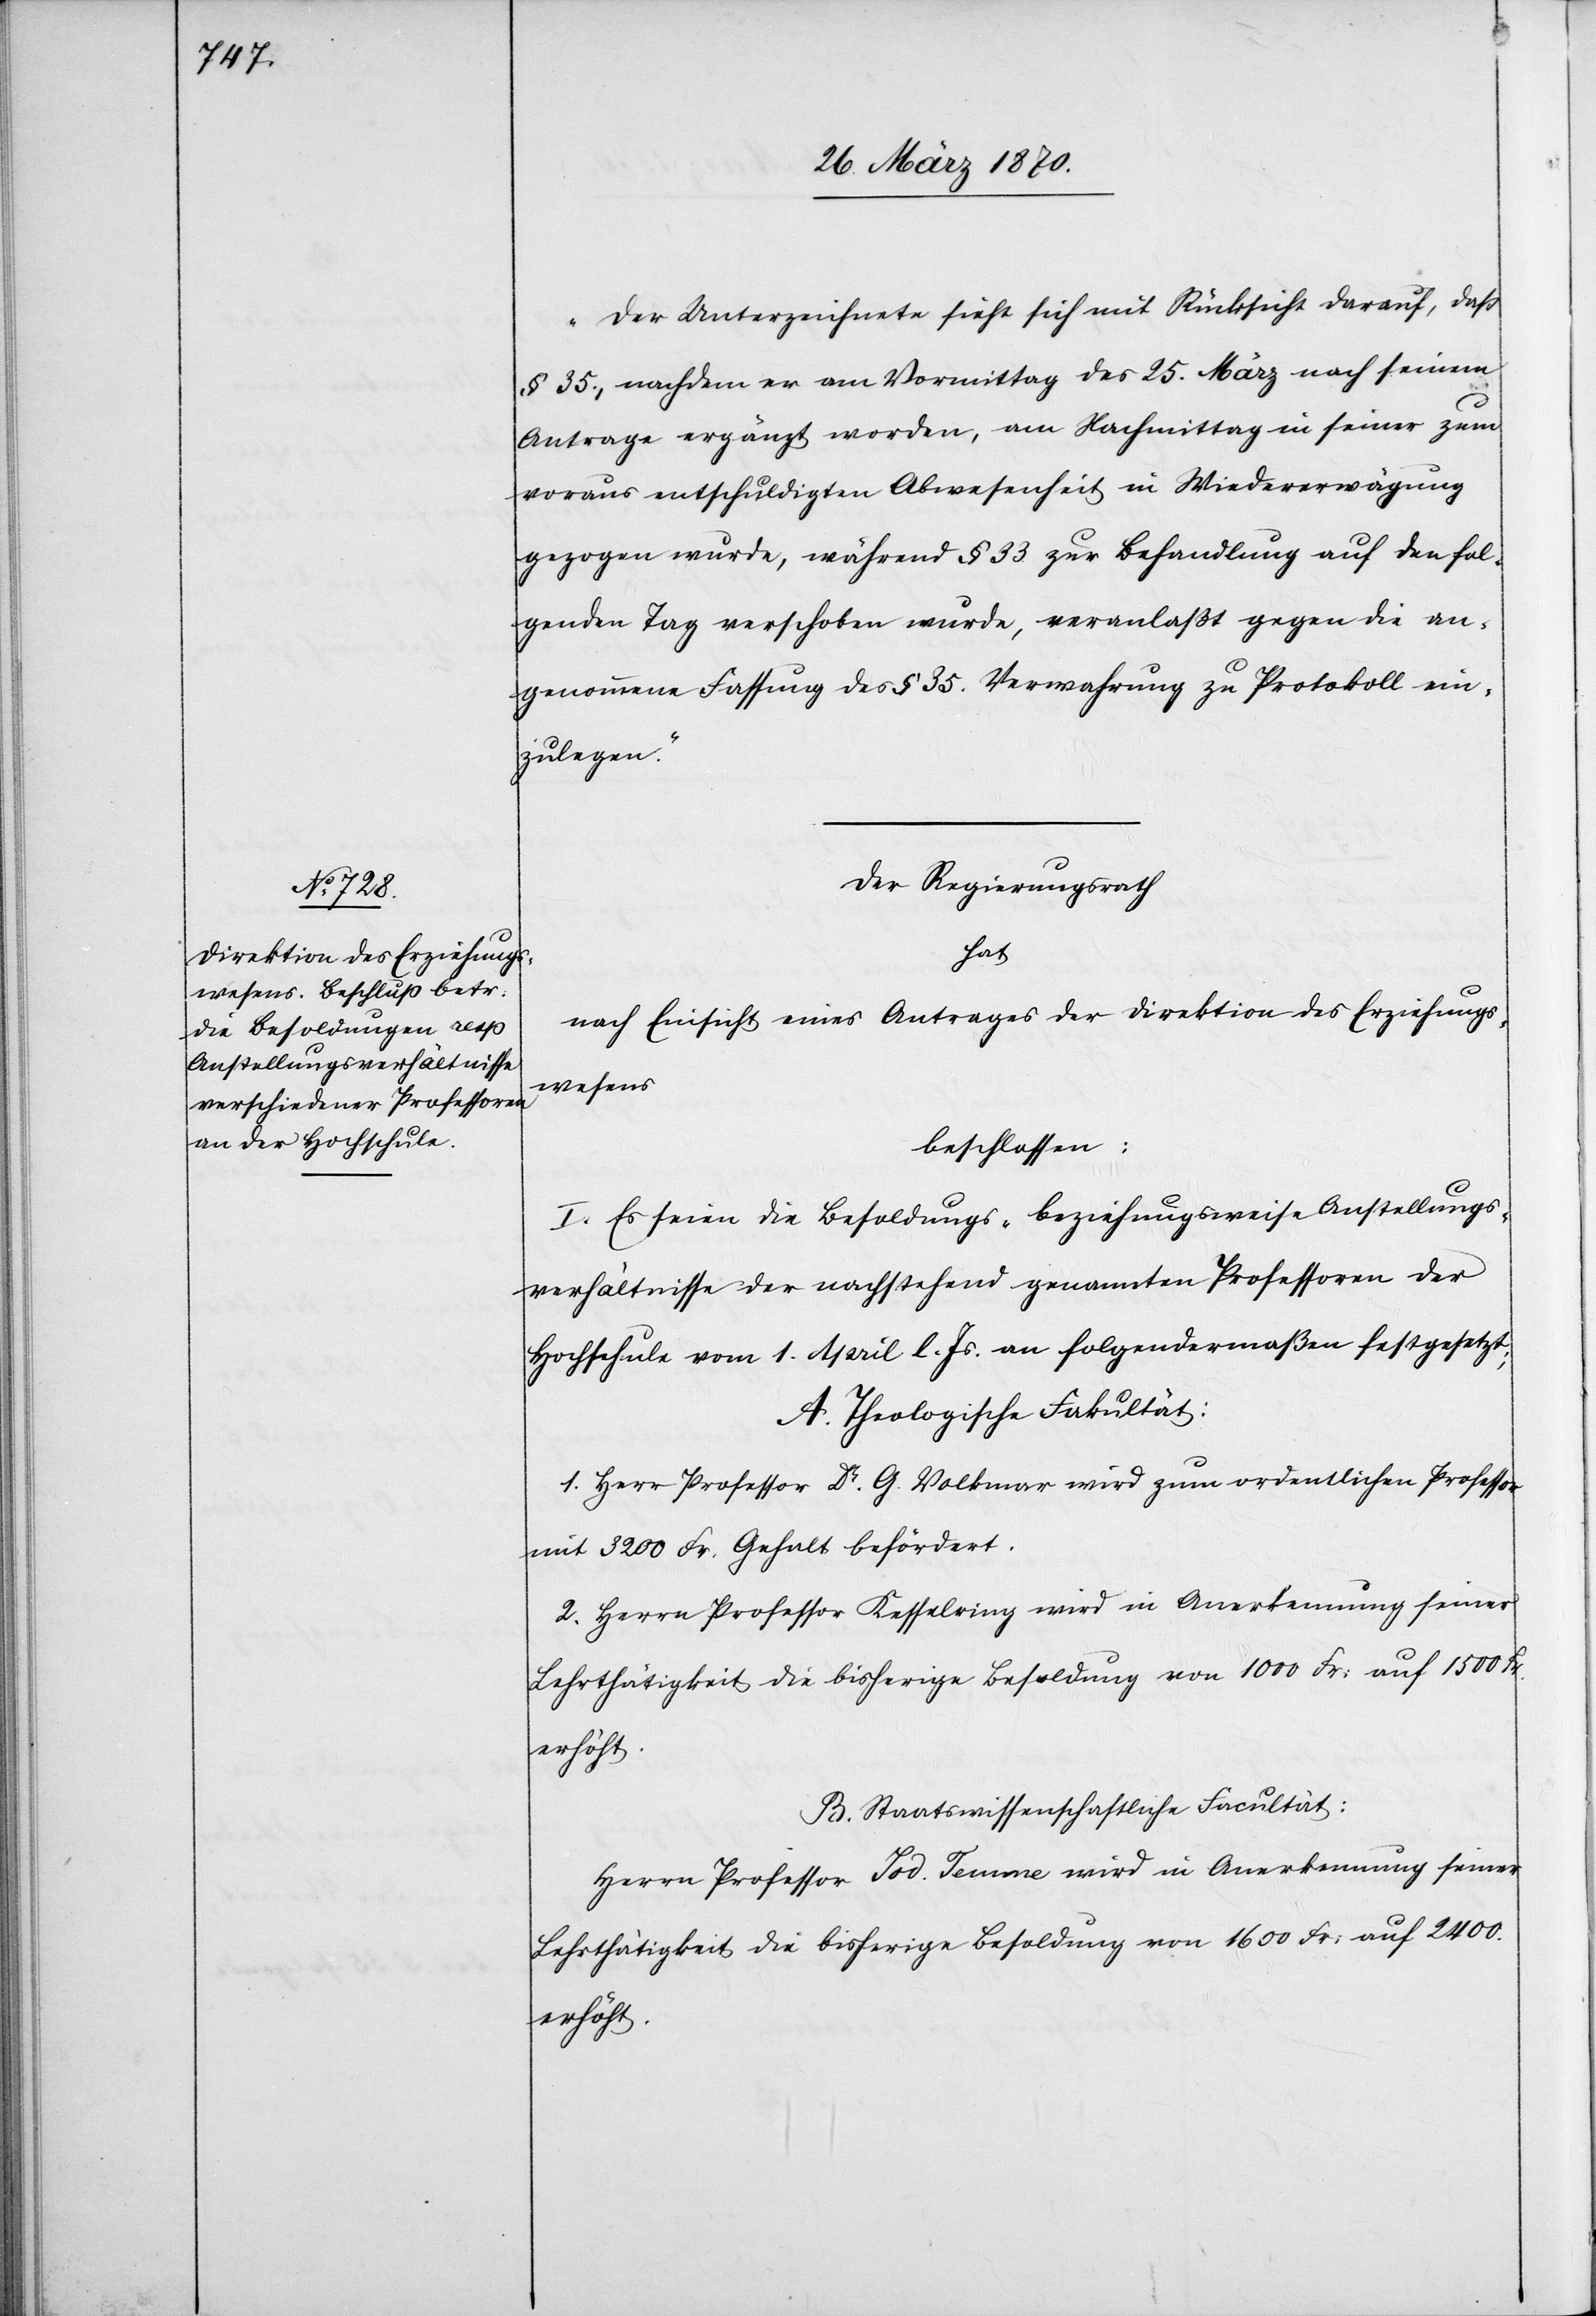
„Der Unterzeichnete sieht sich mit Rücksicht darauf, daß
§ 35., nachdem er am Vormittag des 25. März nach seinem
Antrage ergänzt worden, am Nachmittag in seiner zum
voraus entschuldigten Abwesenheit in Wiedererwägung
gezogen wurde, während § 33 zur Behandlung auf den fol¬
genden Tag verschoben wurde, veranlaßt gegen die an¬
genommene Fassung des § 35. Verwahrung zu Protokoll ein¬
zulegen.“
Der Regierungsrath
hat
nach Einsicht eines Antrages der Direktion des Erziehungs¬
wesens
beschlossen:
I. Es seien die Besoldungs- beziehungsweise Anstellungs¬
verhältnisse der nachstehend genannten Professoren der
Hochschule vom 1. April l. Js. an folgendermaßen festgesetzt:
A. Theologische Fakultät:
1. Herr Professor Dr. G. Volkmar wird zum ordentlichen Professor
mit 3200 Fr. Gehalt befördert.
2. Herrn Professor Kesselring wird in Anerkennung seiner
Lehrthätigkeit die bisherige Besoldung von 1000 Fr: auf 1500 Fr.
erhöht.
B. Staatswissenschaftliche Facultät:
Herrn Professor Jod. Temme wird in Anerkennung seiner
Lehrthätigkeit die bisherige Besoldung von 1600 Fr: auf 2400.